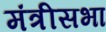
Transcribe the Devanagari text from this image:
मंत्रीसभा